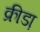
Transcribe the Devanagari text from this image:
क्रीडा़